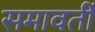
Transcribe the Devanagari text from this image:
समावर्ती